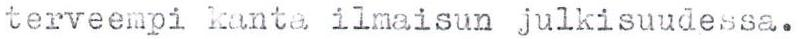
terveempi kanta ilmaisun julkisuudessa.